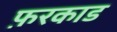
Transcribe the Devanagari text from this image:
फ़रकाड